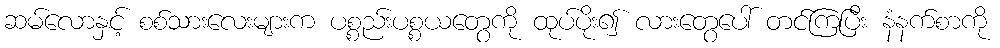
ဆမ်လောနှင့် စစ်သားလေးများက ပစ္စည်းပစ္စယတွေကို ထုပ်ပိုး၍ လားတွေပေါ် တင်ကြပြီး နံနက်စာကို